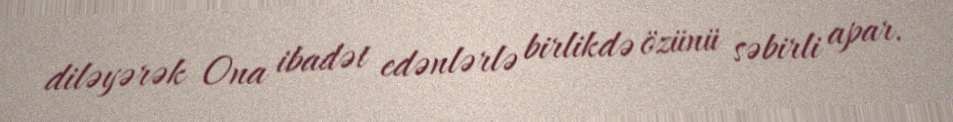
diləyərək Ona ibadət edənlərlə birlikdə özünü səbirli apar.